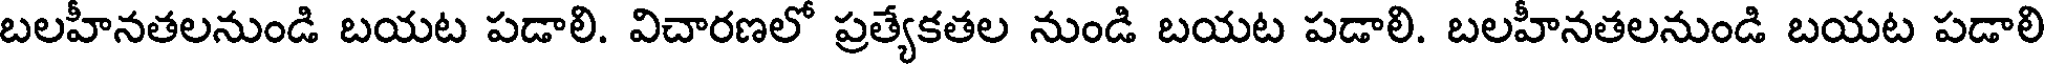
బలహీనతలనుండి బయట పడాలి. విచారణలో ప్రత్యేకతల నుండి బయట పడాలి. బలహీనతలనుండి బయట పడాలి